Rangoon Lunatic Asylum 1878-1892 - 1878-1892
Year: 1878
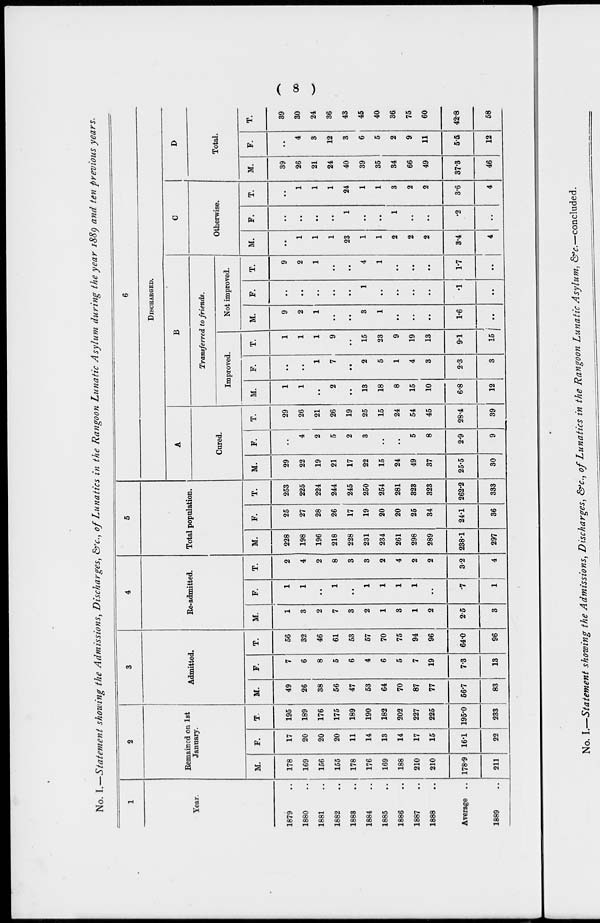
( 8 )
No. I.—Statement showing the Admissions, Discharges, &c., of Lunatics in the Rangoon Lunatic Asylum during the year 1889 and ten previous years.
1
Year.
1879 ..
1880 ..
1881 ..
1882 ..
1883 ..
1884..
1885 ..
1886 ..
1887 ..
1888 ..
Average ..
1889 ..
2
Remained on 1st
January.
M.
178
169
156
155
178
176
169
188
210
210
178.9
211
F.
17
20
20
20
11
14
13
14
17
15
16.1
22
T.
195
189
176
175
189
190
182
202
227
225
195.0
233
3
Admitted.
M.
49
26
38
56
47
53
64
70
87
77
56.7
83
F.
7
6
8
5
6
4
6
5
7
19
7.3
13
T.
56
32
46
61
53
57
70
75
94
96
64.0
96
4
Re-admitted.
M.
1
3
2
7
3
2
1
3
1
2
2.5
3
F.
1
1
..
1
..
1
1
1
1
..
.7
1
T.
2
4
2
8
3
3
2
4
2
2
3.2
4
5
Total population.
M.
228
198
196
218
228
231
234
261
298
289
238.1
297
F.
25
27
28
26
17
19
20
20
25
34
24.1
36
T.
253
225
224
244
245
250
254
281
323
323
262.2
333
6
DISCHARGED.
A
Cured.
M.
29
22
19
21
17
22
15
24
49
37
25.5
30
F.
..
4
2
5
2
3
..
..
5
8
2.9
9
T.
29
26
21
26
19
25
15
24
54
45
28.4
39
B
Transferred to friends.
Improved.
M.
1
1
..
2
..
13
18
8
15
10
6.8
12
F.
..
..
1
7
..
2
5
1
4
3
2.3
3
T.
1
1
1
9
..
15
23
9
19
13
9.1
15
Not improved.
M.
9
2
1
..
..
3
1
..
..
..
1.6
..
F.
..
..
..
..
..
1
..
..
..
..
.1
..
T.
9
2
1
..
..
4
1
..
..
..
1.7
..
C
Otherwise.
M.
..
1
1
1
23
1
1
2
2
2
3.4
4
F.
..
..
..
..
1
..
..
1
..
..
.2
..
T.
..
1
1
1
24
1
1
3
2
2
3.6
4
D
Total.
M.
39
26
21
24
40
39
35
34
66
49
37.3
46
F.
..
4
3
12
3
6
5
2
9
11
5.5
12
T.
39
30
24
36
43
45
40
36
75
60
42.8
58